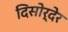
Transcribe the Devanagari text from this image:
दिसोर्देर